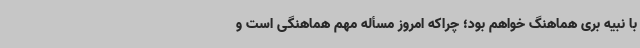
با نبیه بری هماهنگ خواهم بود؛ چراکه امروز مسأله مهم هماهنگی است و